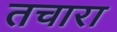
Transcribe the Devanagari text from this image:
तचारा